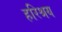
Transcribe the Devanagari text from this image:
हरिश्रय